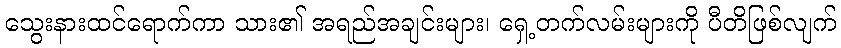
သွေးနားထင်ရောက်ကာ သား၏ အရည်အချင်းများ၊ ရှေ့တက်လမ်းများကို ပီတိဖြစ်လျက်